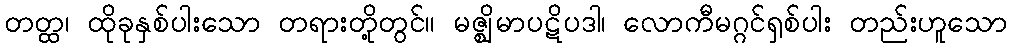
တတ္ထ၊ ထိုခုနှစ်ပါးသော တရားတို့တွင်။ မဇ္ဈိမာပဋိပဒါ၊ လောကီမဂ္ဂင်ရှစ်ပါး တည်းဟူသော